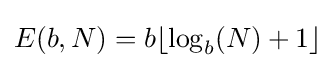
E(b,N)=b\lfloor \log _{b}(N)+1\rfloor